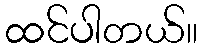
ထင်ပါတယ်။